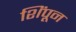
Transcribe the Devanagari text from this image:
शिंपून